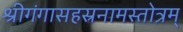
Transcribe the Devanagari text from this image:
श्रीगंगासहस्रनामस्तोत्रम्